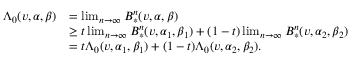
\begin{array} { r l } { \Lambda _ { 0 } ( v , \alpha , \beta ) } & { = \operatorname* { l i m } _ { n \to \infty } B _ { * } ^ { n } ( v , \alpha , \beta ) } \\ & { \ge t \operatorname* { l i m } _ { n \to \infty } B _ { * } ^ { n } ( v , \alpha _ { 1 } , \beta _ { 1 } ) + ( 1 - t ) \operatorname* { l i m } _ { n \to \infty } B _ { * } ^ { n } ( v , \alpha _ { 2 } , \beta _ { 2 } ) } \\ & { = t \Lambda _ { 0 } ( v , \alpha _ { 1 } , \beta _ { 1 } ) + ( 1 - t ) \Lambda _ { 0 } ( v , \alpha _ { 2 } , \beta _ { 2 } ) . } \end{array}